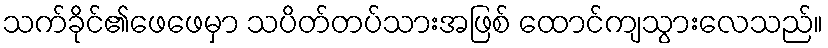
သက်ခိုင်၏ဖေဖေမှာ သပိတ်တပ်သားအဖြစ် ထောင်ကျသွားလေသည်။